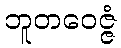
ဘူတဝေဇ္ဇံ